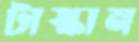
টাস্কান